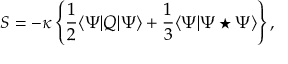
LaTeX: S = - \kappa \left\{ \frac 1 2 \langle \Psi | Q | \Psi \rangle + \frac 1 3 \langle \Psi | \Psi \star \Psi \rangle \right\} ,